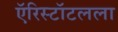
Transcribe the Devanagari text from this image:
ऍरिस्टॉटलला